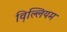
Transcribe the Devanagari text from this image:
व़िल्लियम